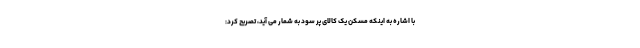
با اشاره به اینکه مسکن یک کالای پر سود به شمار می آید، تصریح کرد: